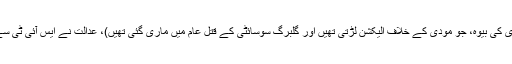
جب، اپریل 2009ء میں ذکیہ جعفری کی ایک درخواست کے جواب میں (احسان جعفری کی بیوہ، جو مودی کے خلاف الیکشن لڑتی تھیں اور گلبرگ سوسائٹی کے قتل عام میں ماری گئی تھیں)، عدالت نے ایس آئی ٹی سے کہا تھا کہ وہ ان ہلاکتوں میں مودی کے ملوث ہونے کے معاملے کی تحقیقات کرے۔